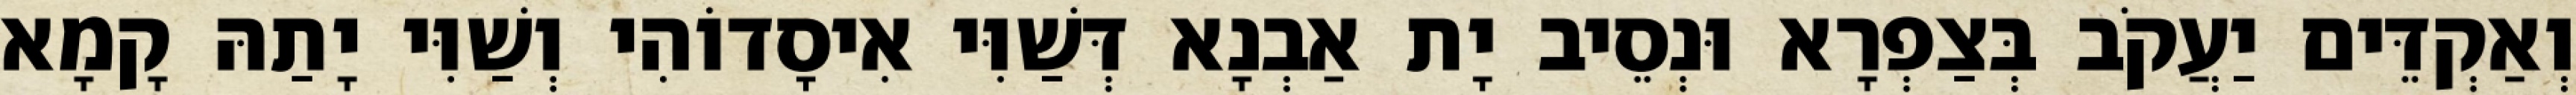
וְאַקְדֵּים יַעֲקֹב בְּצַפְרָא וּנְסֵיב יָת אַבְנָא דְּשַׁוִּי אִיסָדוֹהִי וְשַׁוִּי יָתַהּ קָמָא